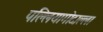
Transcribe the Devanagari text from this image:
पल्लियागोदाल्ला